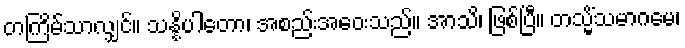
တကြိမ်သာလျှင်။ သန္နိပါတော၊ အစည်းအဝေးသည်။ အာသိ၊ ဖြစ်ပြီ။ တသ္မိံသမာဂမေ၊